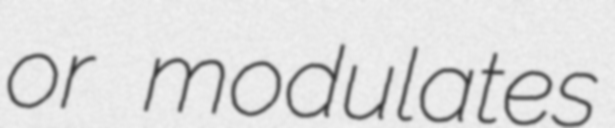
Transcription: or modulates